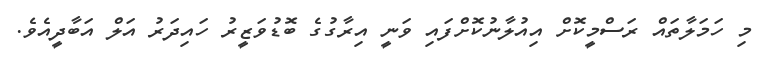
މި ހަމަލާތައް ރަސްމީކޮށް އިއުލާނުކޮށްފައި ވަނީ އިރާގުގެ ބޮޑުވަޒީރު ހައިދަރު އަލް އަބާދީއެވެ.